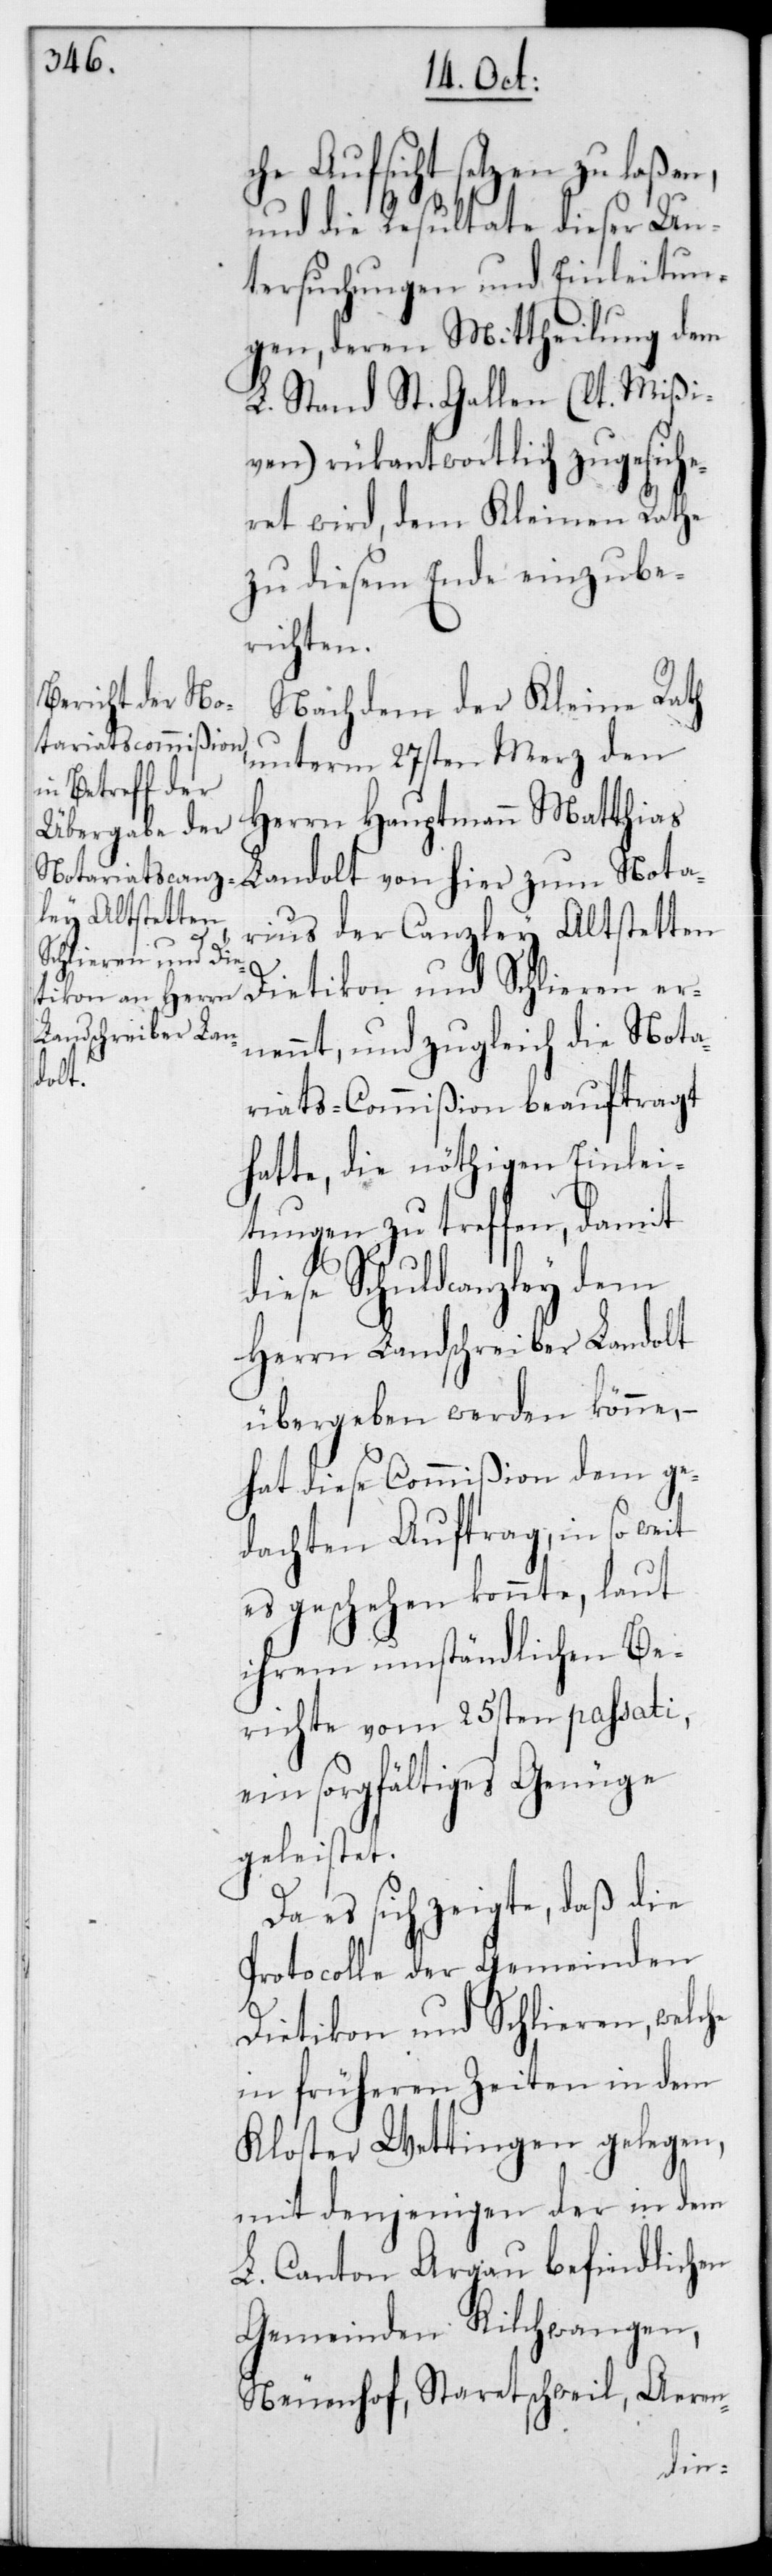
che Aufsicht setzen zu laßen,
und die Resultate dieser Un¬
tersuchungen und Einleitun¬
gen deren Mittheilung dem
L. Stand St. Gallen (laut Mißi¬
ven) rückantwortlich zugesiche¬
ret wird, dem Kleinen Rathe
zu diesem Ende einzube¬
richten.
Nachdem der Kleine Rath
unterm 27sten Merz den
Herrn Hauptmann Matthias
Landolt von hier zum Nota¬
rius der Canzley Altstetten,
rnennt, und zugleich die Nota¬
riats-Commißion beauftragt
hatte, die nöthigen Einlei¬
tungen zu treffen, damit
diese Schuldcanzley dem
Herrn Landschreiber Landolt
übergeben werden könne,
hat diese Commißion dem ge¬
dachten Auftrag, in so weit
es geschehen konnte, laut
ihrem umständlichen Be¬
richte vom 25sten passati,
ein sorgfältiges Genüge
geleistet.
Da es sich zeigte, daß die
Protocolle der Gemeinden
Dietikon und Schlieren, welche
in früheren Zeiten in dem
Kloster Wettingen gelegen,
mit denjenigen der in dem
L. Canton Argau befindlichen
Gemeinden Kilchwangen,
Neuenhof, Staretschweil, Arren-